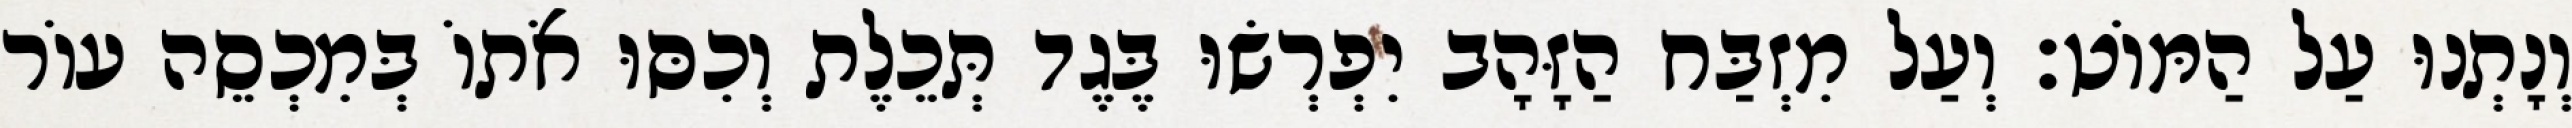
וְנָתְנוּ עַל הַמּוֹט׃ וְעַל מִזְבַּח הַזָּהָב יִפְרְשׂוּ בֶּגֶד תְּכֵלֶת וְכִסּוּ אֹתוֹ בְּמִכְסֵה עוֹר